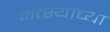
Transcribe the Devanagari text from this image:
मत्स्याच्या